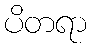
ပိတရာ